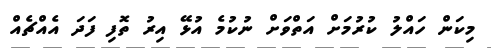
މިކަން ހައްލު ކުރުމަށް އަތްވަށް ނުކުމެ އުޅޭ އިރު ތޮފި ފަދަ އެއްޗެއް